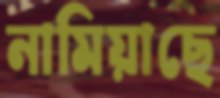
নামিয়াছে